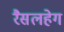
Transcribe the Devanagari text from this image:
रैसलहेग